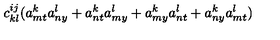
c _ { k l } ^ { i j } ( a _ { m t } ^ { k } a _ { n y } ^ { l } + a _ { n t } ^ { k } a _ { m y } ^ { l } + a _ { m y } ^ { k } a _ { n t } ^ { l } + a _ { n y } ^ { k } a _ { m t } ^ { l } )